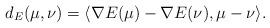
LaTeX: \begin{align*}d_E(\mu,\nu)=\langle \nabla E(\mu) - \nabla E(\nu), \mu-\nu \rangle. \end{align*}